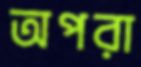
অপরা